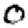
Digit: 0